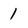
Character: 1